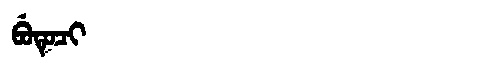
Manchu: ᠪᡠᡨᡠᠴᡳ
Romanization: BUTUCI